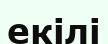
екілі